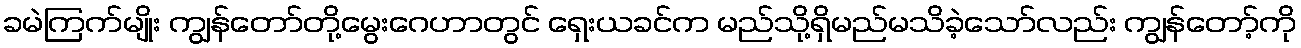
ခမဲကြက်မျိုး ကျွန်တော်တို့မွေးဂေဟာတွင် ရှေးယခင်က မည်သို့ရှိမည်မသိခဲ့သော်လည်း ကျွန်တော့်ကို